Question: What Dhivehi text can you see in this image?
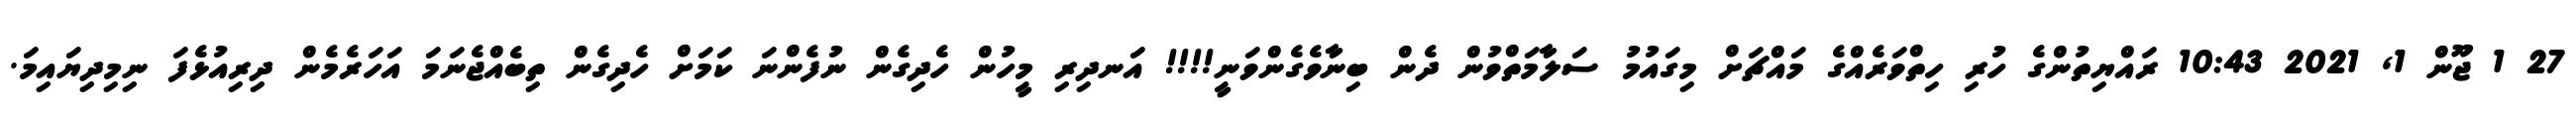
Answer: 27 1 ޖޫން 1, 2021 10:43 ރައްޔިތުންގެ ހުރި ހިތްވަރެއްގެ މައްޗަށް މިގައުމު ސަލާމަތްވުން ދެން ބިނާވެގެންވަނީ!!!! އަނދިރި މީހުން ހެދިގެން ނުފެންނަ ކަމަށް ހެދިގެން ތިބެއްޖެނަމަ އަހަރެމެން ދިރިއުޅެފަ ނިމިދިޔައިމަ.